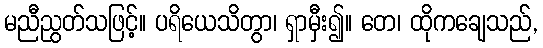
မညီညွတ်သဖြင့်။ ပရိယေသိတွာ၊ ရှာမှီး၍။ တေ၊ ထိုကချေသည်,